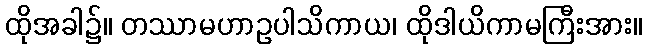
ထိုအခါ၌။ တဿာမဟာဥပါသိကာယ၊ ထိုဒါယိကာမကြီးအား။